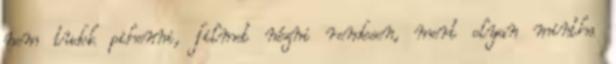
nem tudok pihenni, filmet nézni rendesen, mert olyan mintha